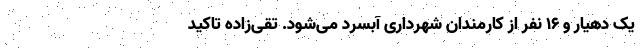
یک دهیار و ۱۶ نفر از کارمندان شهرداری آبسرد می‌شود. تقی‌زاده تاکید